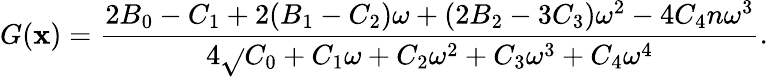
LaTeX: G(\mathbf{x})={\frac{{2{B_{0}}-{C_{1}}+2({B_{1}}-{C_{2}}){\omega}+(2{B_{2}}-3{C_{3}}){{\omega}^{2}}-4{C_{4}}n{{\omega}^{3}}}}{{4{\sqrt{}{{{C_{0}}+{C_{1}}{\omega}+{C_{2}}{{\omega}^{2}}+{C_{3}}{{\omega}^{3}}+{C_{4}}{{\omega}^{4}}}}}}}}.